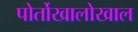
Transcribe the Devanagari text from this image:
पोर्तोखालोखाल